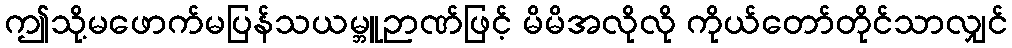
ဤသို့မဖောက်မပြန်သယမ္ဘူဉာဏ်ဖြင့် မိမိအလိုလို ကိုယ်တော်တိုင်သာလျှင်